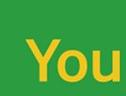
you